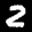
Label: 2